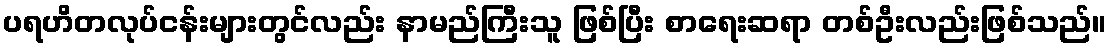
ပရဟိတလုပ်ငန်းများတွင်လည်း နာမည်ကြီးသူ ဖြစ်ပြီး စာရေးဆရာ တစ်ဦးလည်းဖြစ်သည်။